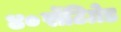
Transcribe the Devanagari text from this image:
४०सेंटिग्रेड